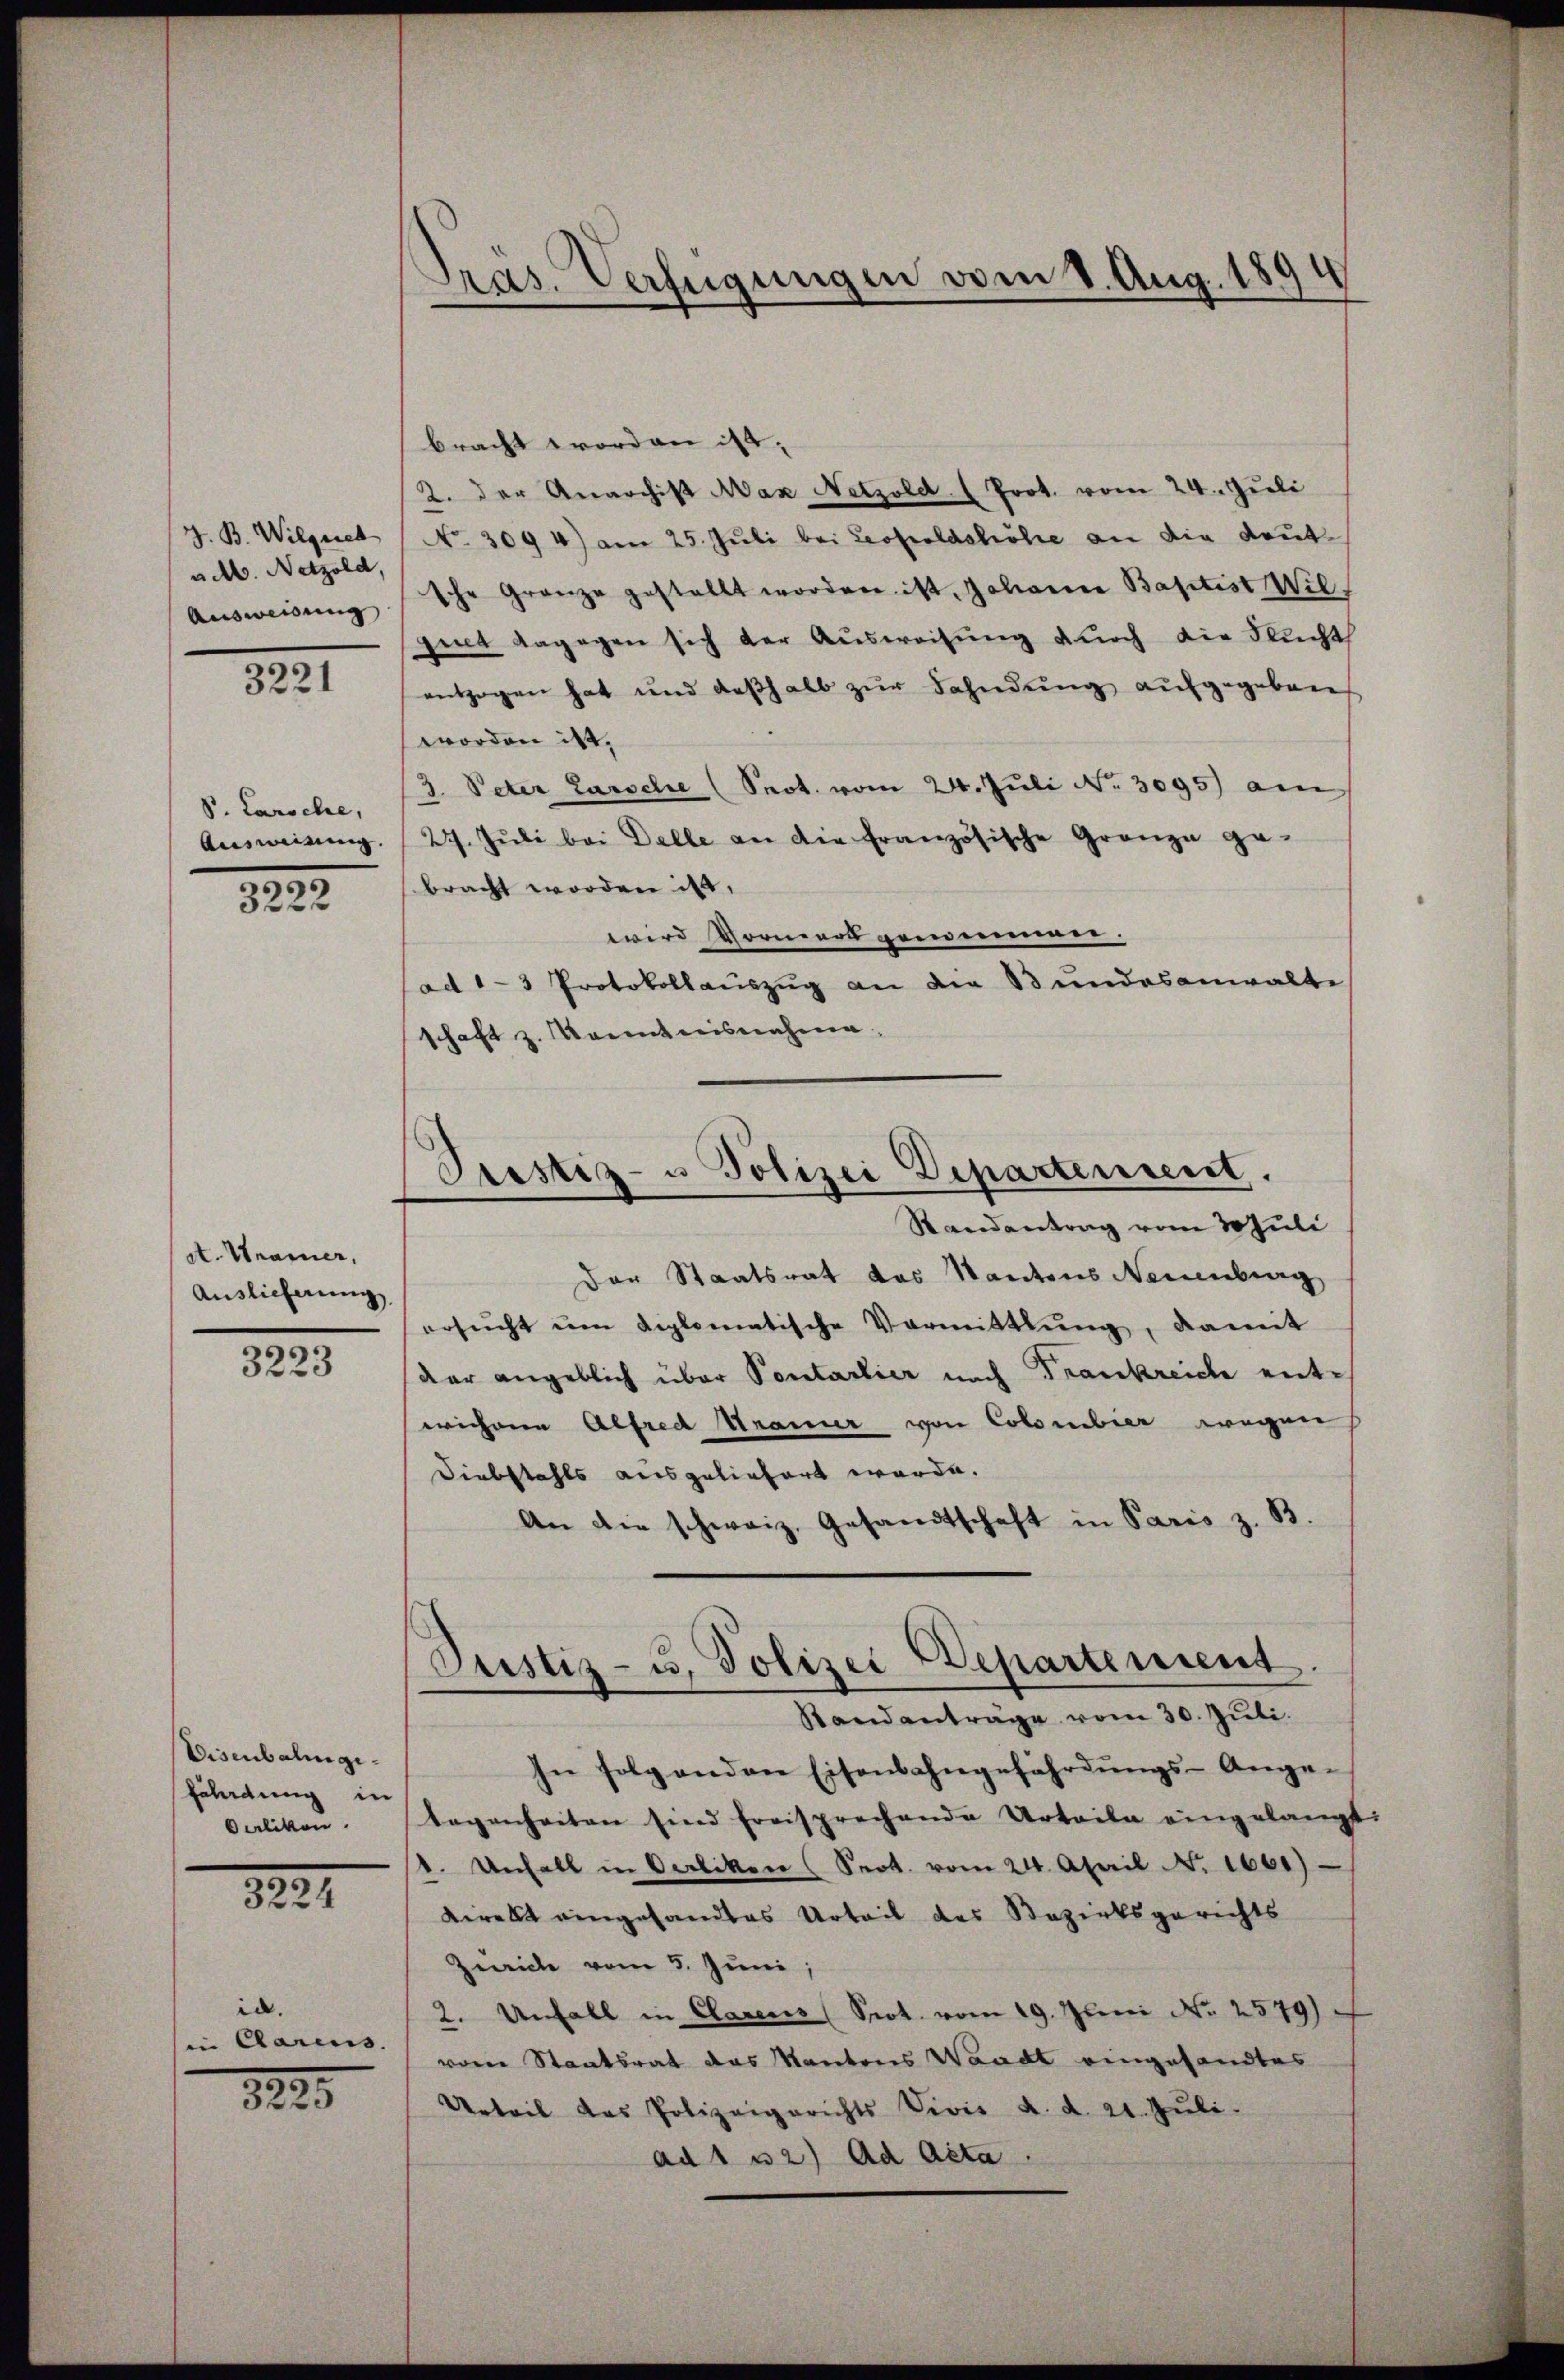
Z. B. Wilgeret
ub. Netzold,
Ausweisung

1221

S. Carsche,
Ausweisung |

3222

A. Warner,
Auslieferung

3223

Disenbalmgi¬
Fahndung in
Oaliken.

8221.

id.
in Clarius
.

3225

¬
Präs. Verfügungen vom 1. Aug. 189

bracht worden ist,
2. der Anarchist Max Netzold ( Prot. vom 24. Juli
NNo. 309 4) am 25. Juli bei Leopoldshöhe an die deutsche Gränze gestellt worden ist. Johanne Baptist Wil
pent dagegen sich der Aŭsweisung durch die Sucht
entzogen hat und deβhalb zur Fahndŭng aufgegeben
worden ist.
3. Peter Larsche (Prot. vom 24. Juli No 3095) am
27. Jŭli bei Delle an die französische Gränze ge-
bracht worden ist,
wird Vormerk genommen.
ad 1-3 Protokollaŭszŭg an die Stundesanwalte
schaft z. Kenntnisnahme
Prestiz- u Polizei Departensent.
Randantrag vom 30 Juli
Der Staatsrat das Kantons Neuenburg
ersucht um diplomatische Vormittlung, damit
der angeblich über Portarlier nach Trankreiche ent-
wiehrere Alfred Mauer von Colombier wegen
Diebstahls ausgeliefert werde.
An die schweiz. Gesandtschaft in Paris z. B.

Justiz- u. Polizei Departement.
Standanträge vom 30. Juli.

In folgenden Eisenbahngefährdŭngs-Ange-
legenheiten sind freisprechende Urteile eingelangt:
d. Unfall in Oerliken (Prot. vom 24. April N. 1601)
direkt eingesandtes Urteil des Bezirksgerichts
Zürich vom 3. Juni,
2. Unfall in Clarens (Prot. vom 19. Juni No 2579).
von Staatsrat das Kantons Waadt eingesandtes
Urteil das Polizeigerichts Divis d. d. 21. Juli.
ad 1 32) ad Acta.